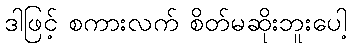
ဒါဖြင့် စကားလက် စိတ်မဆိုးဘူးပေါ့